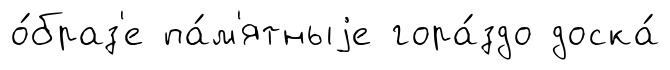
о́браз'е па́м'ятныjе гора́здо доска́